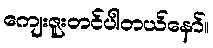
ကျေးဇူးတင်ပါတယ်နော်။